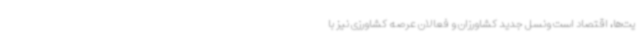
یت‌ها، اقتصاد است ونسل جدید کشاورزان و فعالان عرصه کشاورزی نیز با